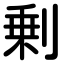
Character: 剰